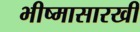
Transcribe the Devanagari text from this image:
भीष्मासारखी